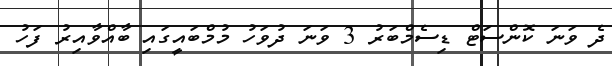
ދެ ވަނަ ކޮންސަޓް ޑިސެމްބަރު 3 ވަނަ ދުވަހު މުމްބައީގައި ބާއްވާއިރު ފަހު